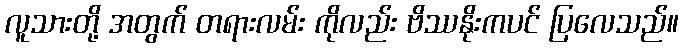
လူသားတို့ အတွက် တရားလမ်း ကိုလည်း ဗိဿနိုးကပင် ပြလေသည်။